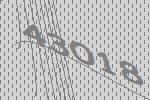
43018